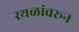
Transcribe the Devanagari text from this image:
स्थळांवरून